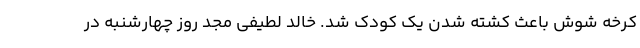
کرخه شوش باعث کشته شدن یک کودک شد. خالد لطیفی مجد روز چهارشنبه در